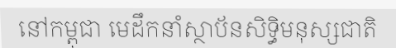
នៅកម្ពុជា មេដឹកនាំស្ថាប័នសិទ្ធិមនុស្សជាតិ